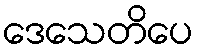
ဒေသေတိပေ